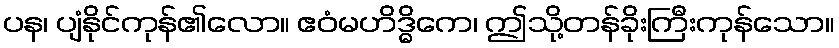
ပန၊ ပျံနိုင်ကုန်၏လော။ ဧဝံမဟိဒ္ဓိကေ၊ ဤသို့တန်ခိုးကြီးကုန်သော။